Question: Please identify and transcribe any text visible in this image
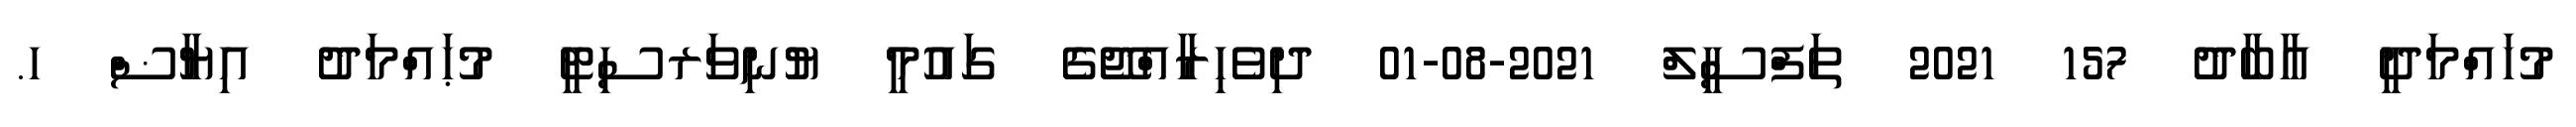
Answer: މުހައްމަދީ އާބާދު 157 2021 ތަފްސީލް 2021-08-01 ދިވެހިރާއްޖޭގެ ގައުމީ ޔުނިވަރސިޓީ މުޙައްމަދު އިޔާޟް ހ.